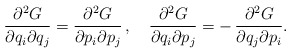
\begin{align*}{\partial^2 G\over\partial q_i\partial q_j} ={\partial^2 G\over\partial p_i\partial p_j}\, , \quad{\partial^2 G\over\partial q_i\partial p_j} =-\, {\partial^2 G\over\partial q_j\partial p_i}.\end{align*}